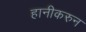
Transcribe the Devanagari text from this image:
हानीकरुन